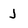
Character: j